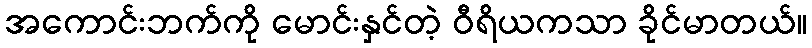
အကောင်းဘက်ကို မောင်းနှင်တဲ့ ဝီရိယကသာ ခိုင်မာတယ်။